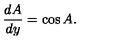
{ \frac { d A } { d y } } = \cos A .